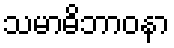
သမာဓိဘာဝနာ